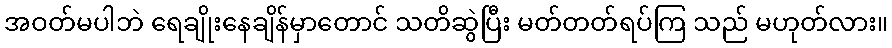
အဝတ်မပါဘဲ ရေချိုးနေချိန်မှာတောင် သတိဆွဲပြီး မတ်တတ်ရပ်ကြ သည် မဟုတ်လား။